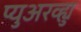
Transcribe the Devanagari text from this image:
प्युअरव्ह्यु